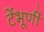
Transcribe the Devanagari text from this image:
टेंभूर्णी